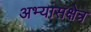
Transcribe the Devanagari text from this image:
अभ्यासक्षेत्र